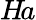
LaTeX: H\! a